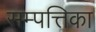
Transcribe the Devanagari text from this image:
सम्पत्तिका